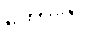
ဟောလိဝုဒ်